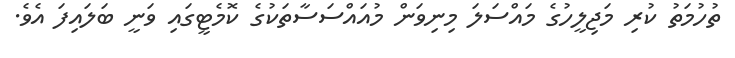
ތުހުމަތު ކުރި މަޖިލީހުގެ މައްސަލަ މިނިވަން މުއައްސަސާތަކުގެ ކޮމެޓީގައި ވަނީ ބަލައިފަ އެވެ.